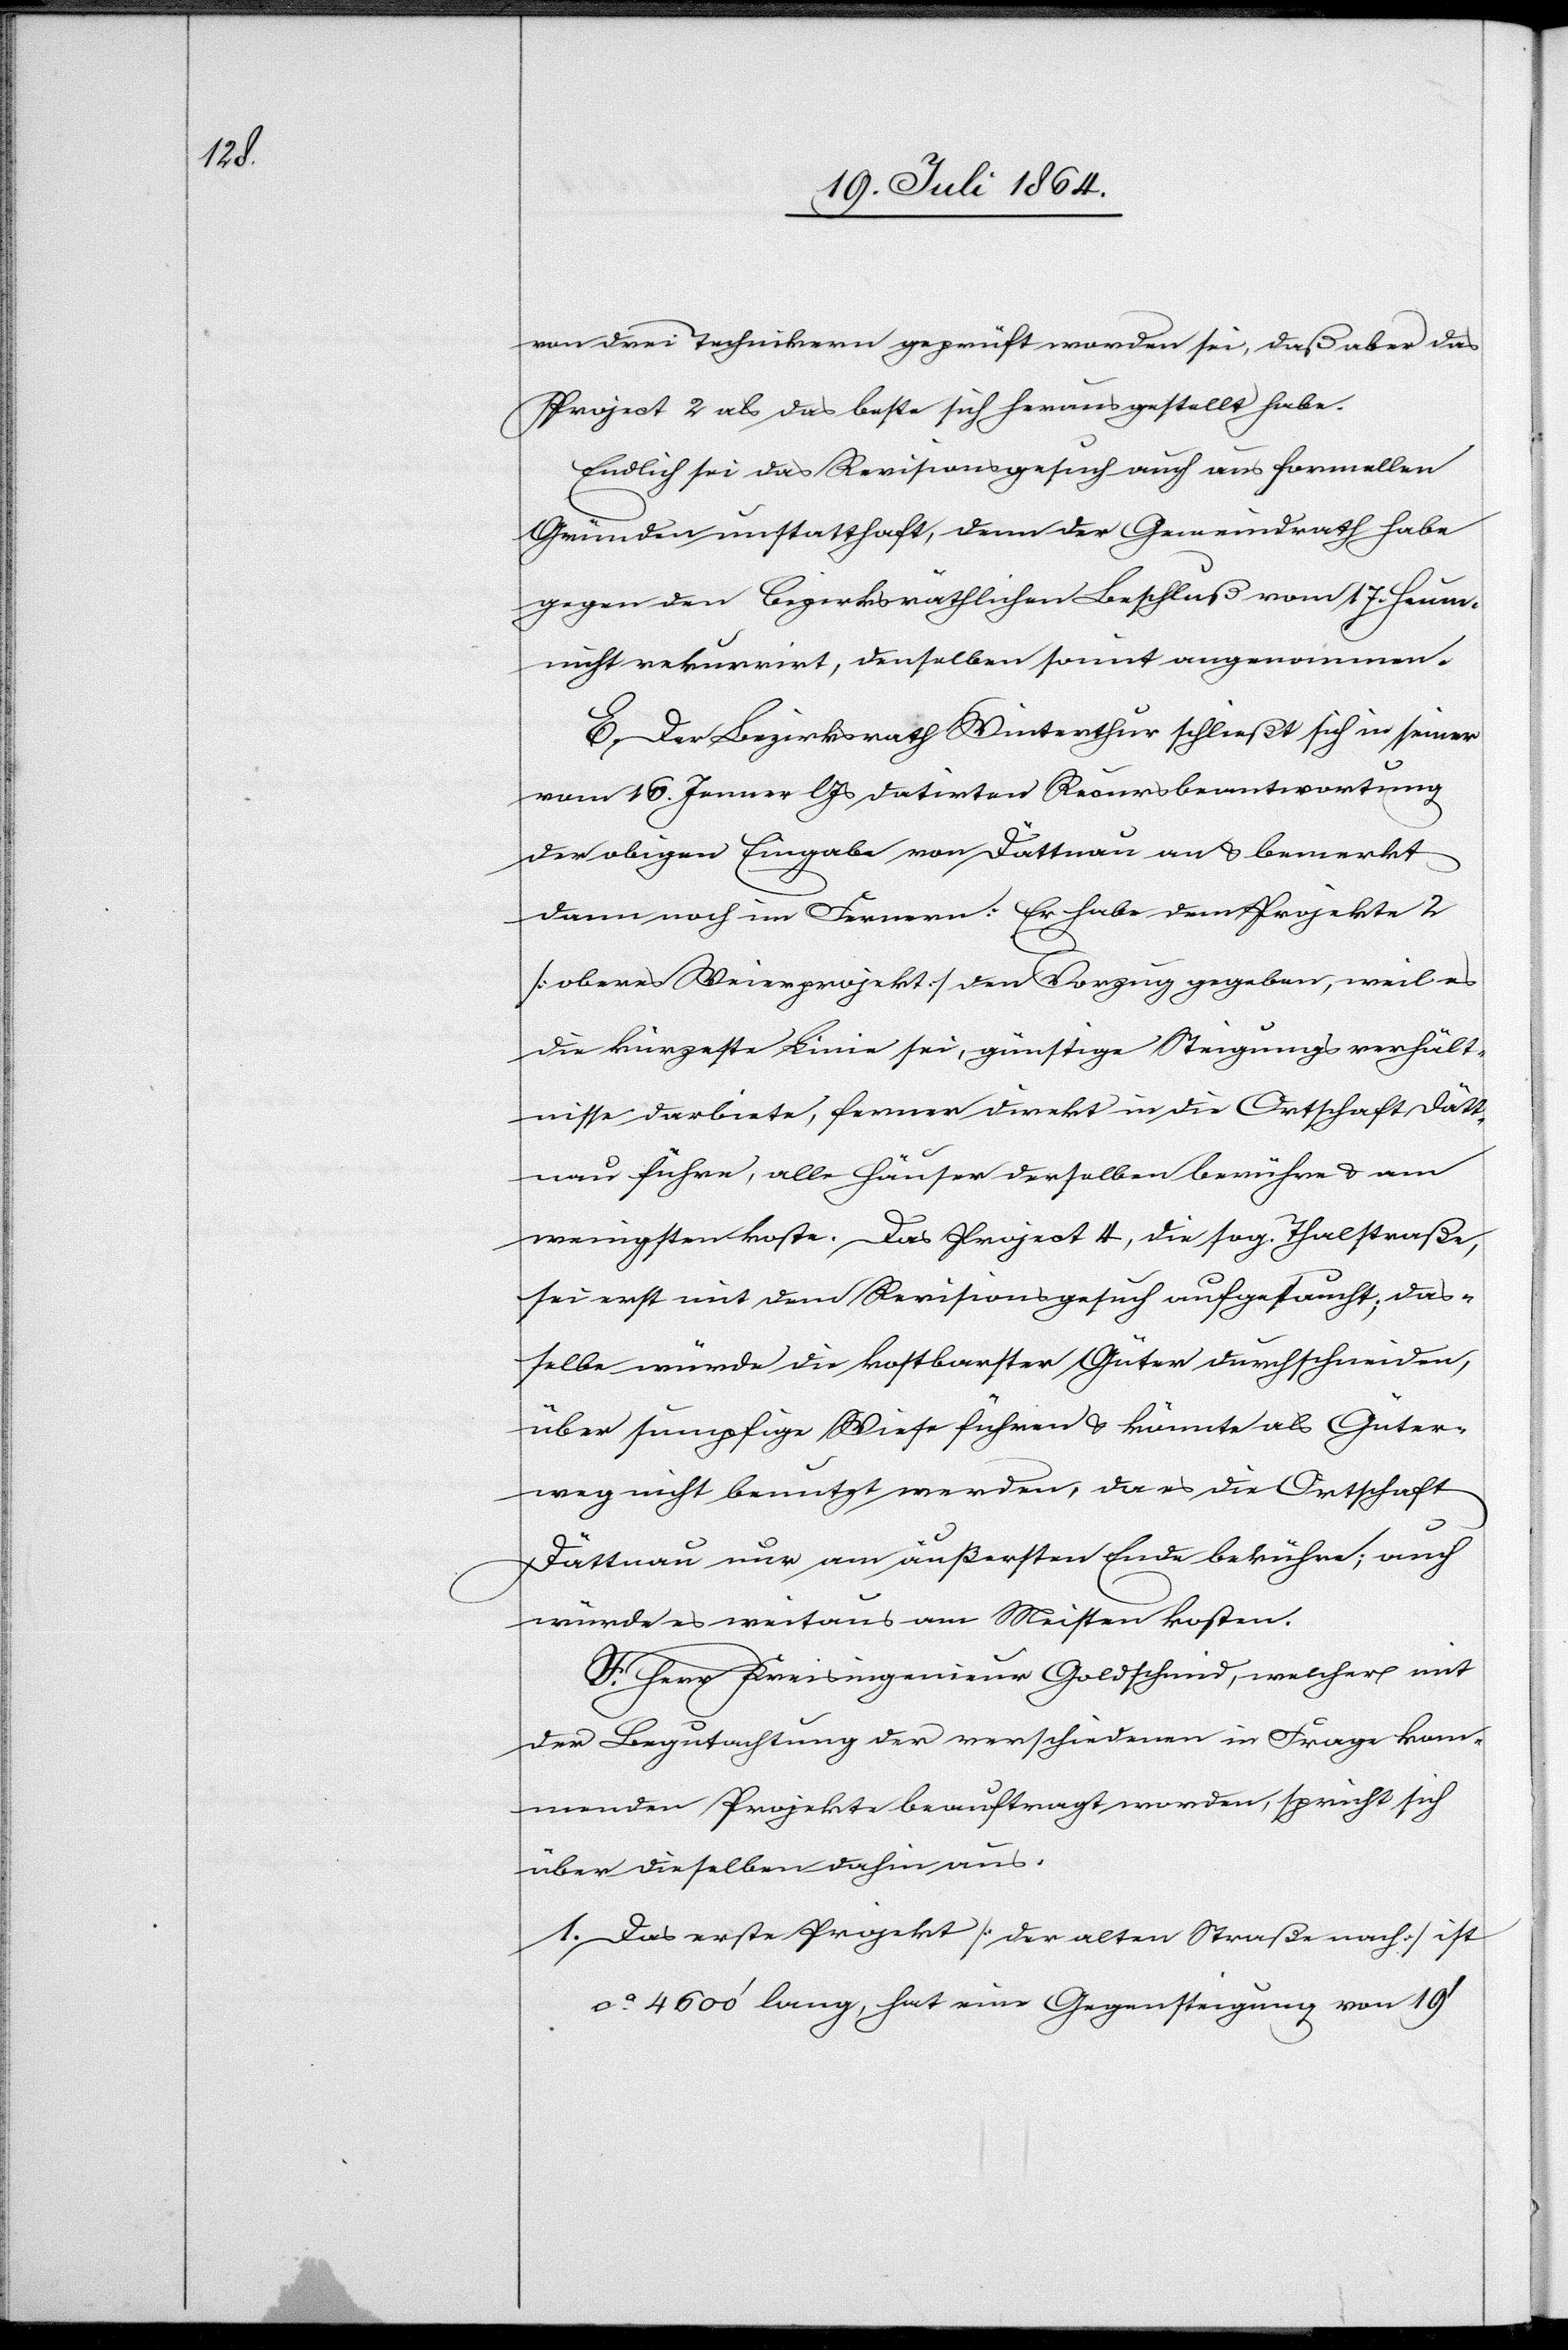
von drei Technikern geprüft worden sei, daß aber das
Project 2 als das beste sich herausgestellt habe.
Endlich sei das Revisionsgesuch auch aus formellen
Gründen unstatthaft, denn der Gemeindrath habe
gegen den bezirksräthlichen Beschluß vom 17. Heum.
nicht rekurrirt, denselben somit angenommen.
E. Der Bezirksrath Winterthur schließt sich in seiner
vom 16. Jenner l. Js. datirten Recursbeantwortung
der obigen Eingabe von Dättnau an u. bemerkt
dann noch im Fernern: Er habe dem Projekte 2
[oberes Weierprojekt] den Vorzug gegeben, weil es
die kürzeste Linie sei, günstige Steigungsverhält¬
nisse darbiete, ferner direkt in die Ortschaft Dätt¬
nau führe, alle Häuser derselben berühre u. am
wenigsten koste. Das Project 4, die sog. Thalstraße,
sei erst mit dem Revisionsgesuch aufgetaucht; das¬
selbe würde die kostbarster [sic!] Güter durchschneiden,
über sumpfige Wiese führen u. könnte als Güter¬
weg nicht benutzt werden, da es die Ortschaft
Dättnau nur am äußersten Ende berühre; auch
würde es weitaus am Meisten kosten.
F. Herr Kreisingenieur Goldschmid, welcher mit
der Begutachtung der verschiedenen in Frage kom¬
menden Projekte beauftragt worden, spricht sich
über dieselben dahin aus.
Das erste Projekt [der alten Straße nach] ist
ca 4600’ lang, hat eine Gegensteigung von 19’